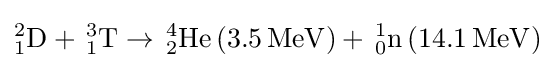
_{1}^{2}\mathrm {D} +\,_{1}^{3}\mathrm {T} \rightarrow \,_{2}^{4}\mathrm {He} \left(3.5\,\mathrm {MeV} \right)+\,_{0}^{1}\mathrm {n} \left(14.1\,\mathrm {MeV} \right)